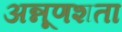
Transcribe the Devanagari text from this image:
अन्नूणशता